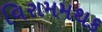
વિરામમથક